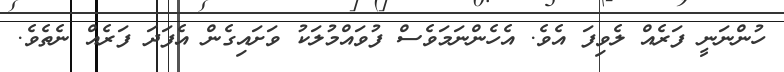
ހުންނަނީ ފަރެއް ލެވިފަ އެވެ. އެހެންނަމަވެސް ފުވައްމުލަކު ވަށައިގެން އެފަދަ ފަރެއް ނެތެވެ.